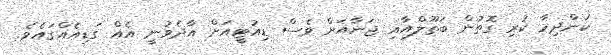
ކަންދިމާ ކުރި ގޮތުން ބަތޫލްއާއި ޖަނާއަށް ވެސް ޑިއުޓީއަށް އާދެވުނީ އެއް ގަޑިއެއްގައެވެ.